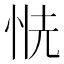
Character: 𢙧